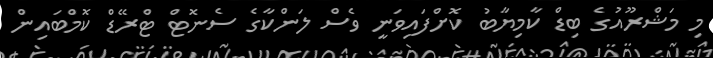
މި މަޝްރޫއުގެ ބިޑް ކާމިޔާބު ކޮށްފައިވަނީ ވެސް ލަންކާގެ ސެނޮޓް ޓްރޭޑް ކޮމްބައިން